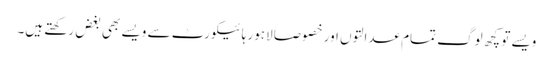
ویسے تو کچھ لوگ تمام عدالتوں اور خصوصاَ لاہور ہائیکورٹ سے ویسے بھی بغض رکھتے ہیں۔